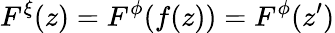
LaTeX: F^{\xi}(z)=F^{\phi}(f(z))=F^{\phi}(z^{\prime})